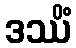
ဒဿိံ